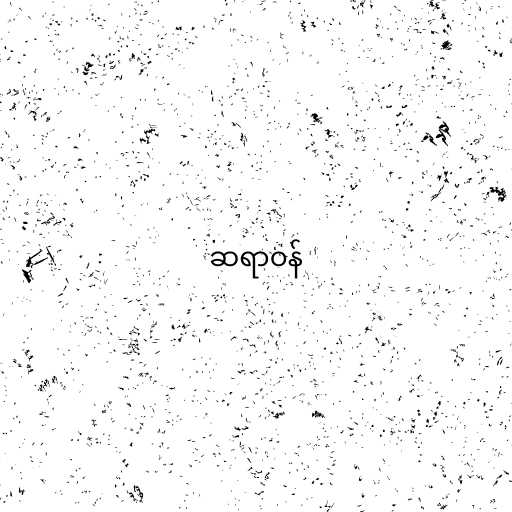
ဆရာဝန်